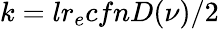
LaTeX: k=lr_{e}cfnD(\nu)/2